Materia medica of Madras volume I
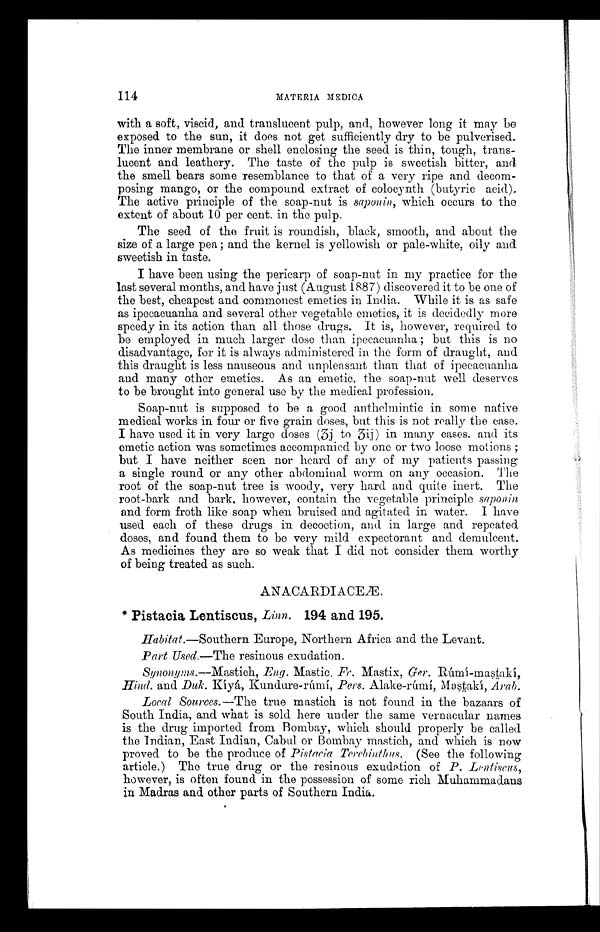
114
MATERIA MEDICA
with a soft, viscid, and translucent pulp, and, however long it may be
exposed to the sun, it does not get sufficiently dry to be pulverised.
The inner membrane or shell enclosing the seed is thin, tough, trans-
lucent and leathery. The taste of the pulp is sweetish bitter, an
d
the smell bears some resemblance to that of a very ripe and decom-
-
posing mango, or the compound extract of colocynth (butyric acid).
The active principle of the soap-nut is saponin, which occurs to the
extent of about 10 per cent. in the pulp.
The seed of the fruit is roundish, black, smooth, and about the
size of a large pea ; and the kernel is yellowish or pale-white, oily and
sweetish in taste.
I have been using the pericarp of soap-nut in my practice for the
last several months, and have just (August 1887) discovered it to be one of
the best, cheapest and commonest emetics in India. While it is as safe
as ipecacuanha and several other vegetable emetics, it is decidedly more
speedy in its action than all those drugs. It is, however, required to
be employed in much larger dose than ipecacuanha ; but this is no
disadvantage, for it is always administered in the form of draught, and
this draught is less nauseous and unpleasant than that of ipecacuanha
and many other emetics. As an emetic, the soap-nut well deserves
to be brought into general use by the medical profession.
Soap-nut is supposed to be a good anthelmintic in some native
medical works in four or five grain doses, but this is not really the case.
I have used it in very large doses (3j to 3ij) in many cases. and its
emetic action was sometimes accompanied by one or two loose motions ;
but I have neither seen nor heard of any of my patients passing
a single round or any other abdominal worm on any occasion. The
root of the soap-nut tree is woody, very hard and quite inert. The
root-bark and bark, however, contain the vegetable principle saponin
and form froth like soap when bruised and agitated in water. I have
used each of these drugs in decoction, and in large and repeated
doses, and found them to be very mild expectorant and demulcent.
As medicines they are so weak that I did not consider them worthy
of being treated as such.
ANACARDI ACEÆ.
* Pistacia Lentiscus, Linn. 194 and 195.
Habitat.—Southern Europe, Northern Africa and the Levant.
Part Used.—The resinous exudation
.
Synonyms .—Mastich, Eng. Mastic, Fr . Mastix, Ger. Rúmí-mastakí,
Hind. and Duk. Kíyá, Kundure-rúmí, Pers. Alake-rúmí, Mastakí, Arab.
Local Sources .—The true mastich is not found in the bazaars of
South India, and what is sold here under the same vernacular names
is the drug imported from Bombay, which should properly be called
the Indian, East Indian, Cabul or Bombay mastich, and which is now
proved to be the produce of Pistacia Terebinthus. (See the following
article.) The true drug or the resinous exudation of P. Lentiscus,
however, is often found in the possession of some rich Muhammadans
in Madras and other parts of Southern India.